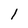
Character: 1